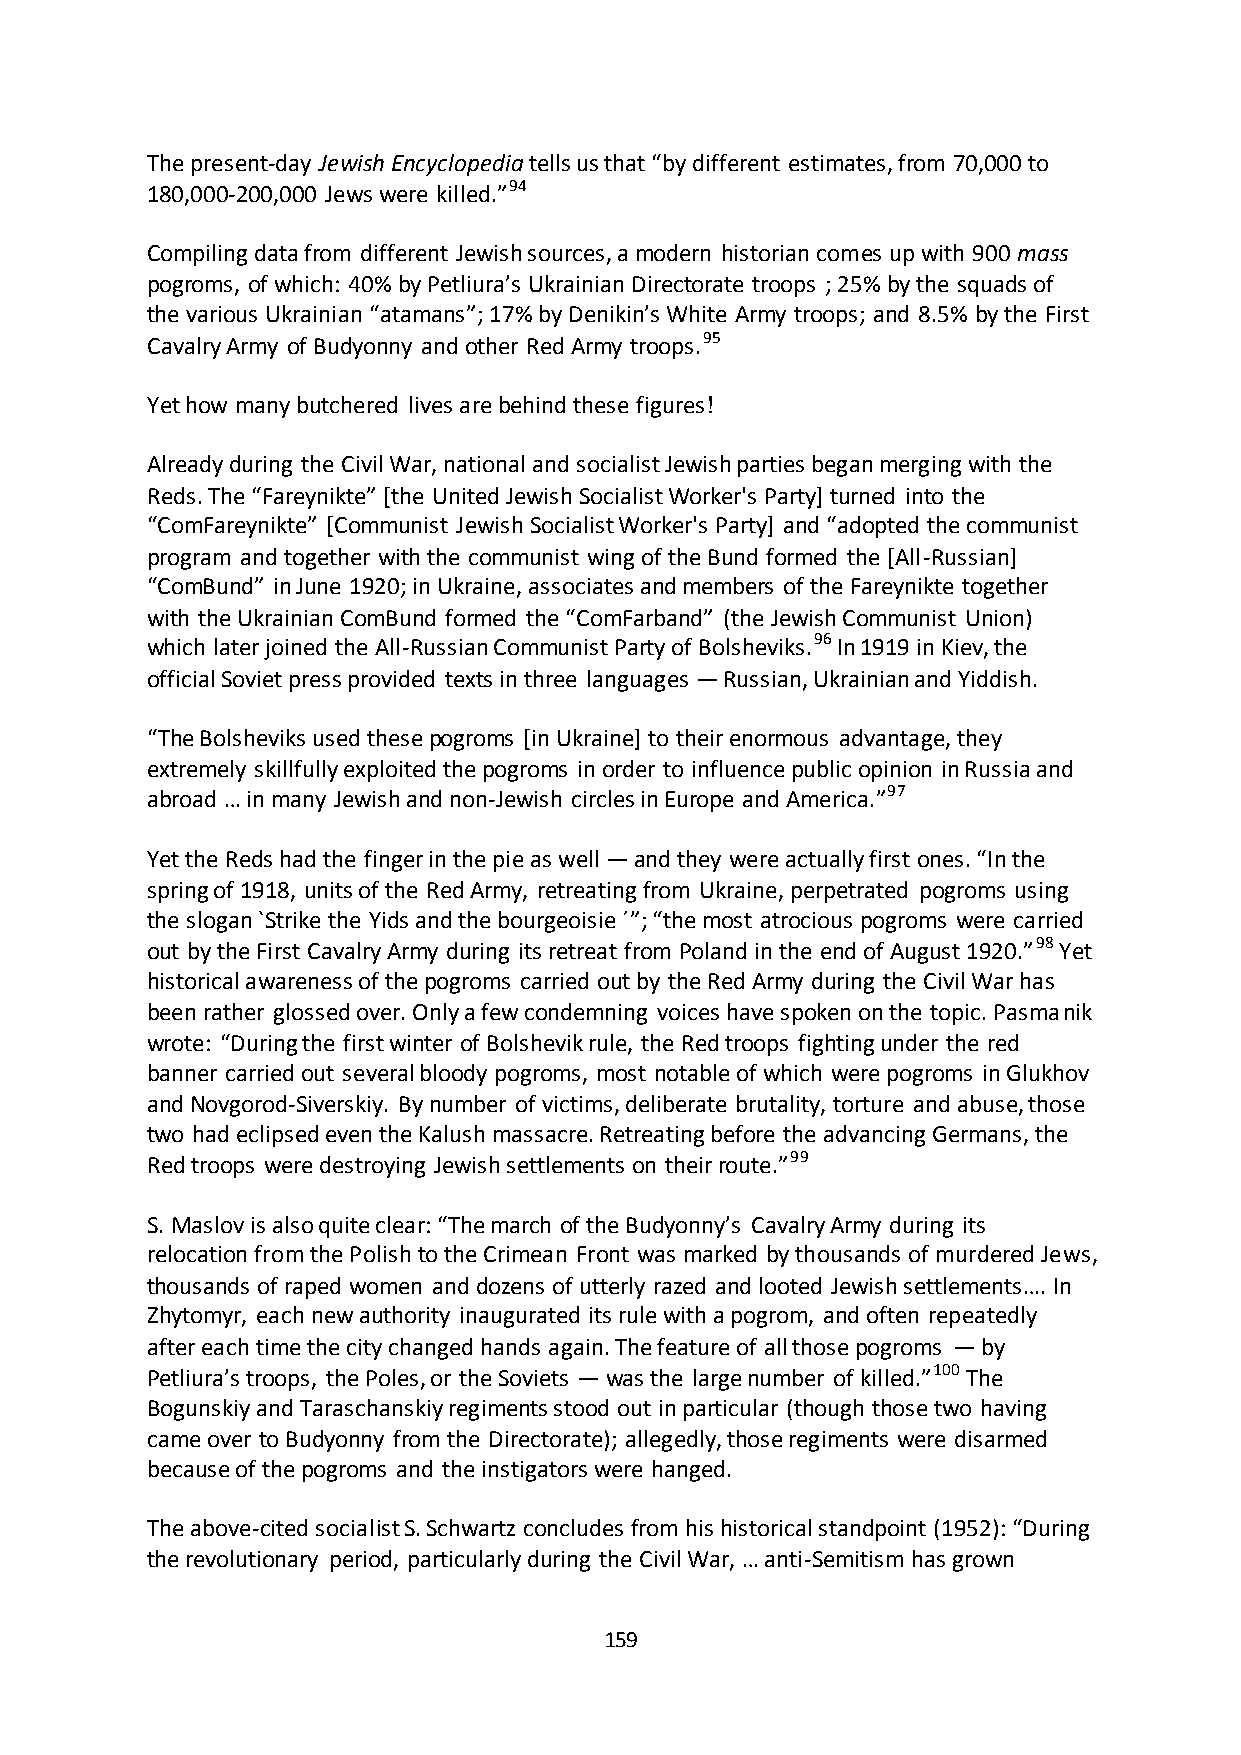
The present-day Jewish Encyclopedia tells us that “by different estimates, from 70,000 to
 180,000-200,000 Jews were killed.”94
 Compiling data from different Jewish sources, a modern historian comes up with 900 mass
 pogroms, of which: 40% by Petliura’s Ukrainian Directorate troops ; 25% by the squads of
 the various Ukrainian “atamans”; 17% by Denikin’s White Army troops; and 8.5% by the First
 Cavalry Army of Budyonny and other Red Army troops.95
 Yet how many butchered lives are behind these figures!
 Already during the Civil War, national and socialist Jewish parties began merging with the
 Reds. The “Fareynikte” *the United Jewish Socialist Worker's Party+ turned into the
 “ComFareynikte” *Communist Jewish Socialist Worker's Party+ and “adopted the communist
 program and together with the communist wing of the Bund formed the [All-Russian]
 “ComBund” in June 1920; in Ukraine, associates and members of the Fareynikte together
 with the Ukrainian ComBund formed the “ComFarband” (the Jewish Communist Union)
 which later joined the All-Russian Communist Party of Bolsheviks.96 In 1919 in Kiev, the
 official Soviet press provided texts in three languages — Russian, Ukrainian and Yiddish.
 “The Bolsheviks used these pogroms [in Ukraine] to their enormous advantage, they
 extremely skillfully exploited the pogroms in order to influence public opinion in Russia and
 abroad … in many Jewish and non-Jewish circles in Europe and America.”97
 Yet the Reds had the finger in the pie as well — and they were actually first ones. “In the
 spring of 1918, units of the Red Army, retreating from Ukraine, perpetrated pogroms using
 the slogan `Strike the Yids and the bourgeoisie ´”; “the most atrocious pogroms were carried
 out by the First Cavalry Army during its retreat from Poland in the end of August 1920.”98 Yet
 historical awareness of the pogroms carried out by the Red Army during the Civil War has
 been rather glossed over. Only a few condemning voices have spoken on the topic. Pasmanik
 wrote: “During the first winter of Bolshevik rule, the Red troops fighting under the red
 banner carried out several bloody pogroms, most notable of which were pogroms in Glukhov
 and Novgorod-Siverskiy. By number of victims, deliberate brutality, torture and abuse, those
 two had eclipsed even the Kalush massacre. Retreating before the advancing Germans, the
 Red troops were destroying Jewish settlements on their route.”99
 S. Maslov is also quite clear: “The march of the Budyonny’s Cavalry Army during its
 relocation from the Polish to the Crimean Front was marked by thousands of murdered Jews,
 thousands of raped women and dozens of utterly razed and looted Jewish settlements…. In
 Zhytomyr, each new authority inaugurated its rule with a pogrom, and often repeatedly
 after each time the city changed hands again. The feature of all those pogroms — by
 Petliura’s troops, the Poles, or the Soviets — was the large number of killed.”100 The
 Bogunskiy and Taraschanskiy regiments stood out in particular (though those two having
 came over to Budyonny from the Directorate); allegedly, those regiments were disarmed
 because of the pogroms and the instigators were hanged.
 The above-cited socialist S. Schwartz concludes from his historical standpoint (1952): “During
 the revolutionary period, particularly during the Civil War, … anti-Semitism has grown
 159